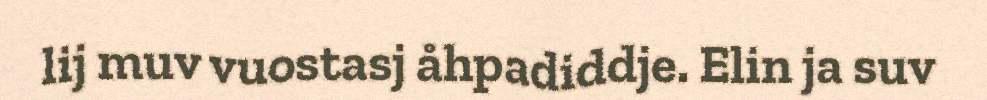
lij muv vuostasj åhpadiddje. Elin ja suv